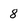
Character: 8